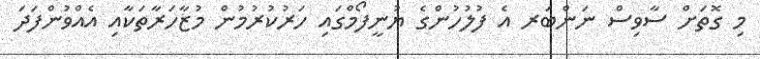
މި ގޮތަށް ސާވިސް ނަންބަރ އެ ފުލުހުންގެ ޔުނީފޯމްގައި ހަރުކުރުމުން މުޒާހަރާތަކާއި އެއްވުންފަދަ